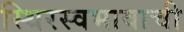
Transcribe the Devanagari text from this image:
स्थिरस्वभावाची